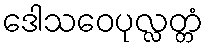
ဒေါသဝေပုလ္လတ္တံ